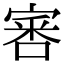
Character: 𡩨